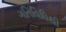
ગતિવિધિથી